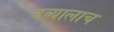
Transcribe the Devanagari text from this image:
डब्यालाच